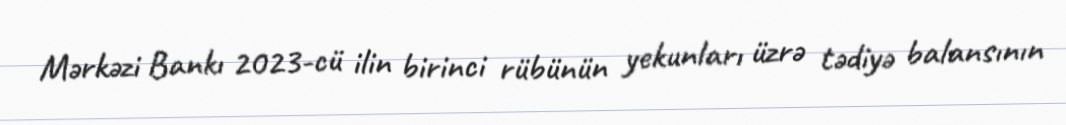
Mərkəzi Bankı 2023-cü ilin birinci rübünün yekunları üzrə tədiyə balansının